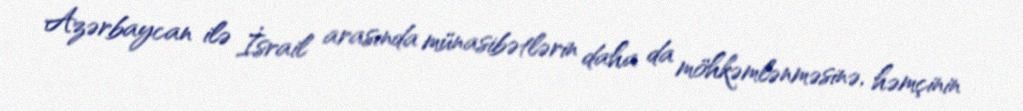
Azərbaycan ilə İsrail arasında münasibətlərin daha da möhkəmlənməsinə, həmçinin